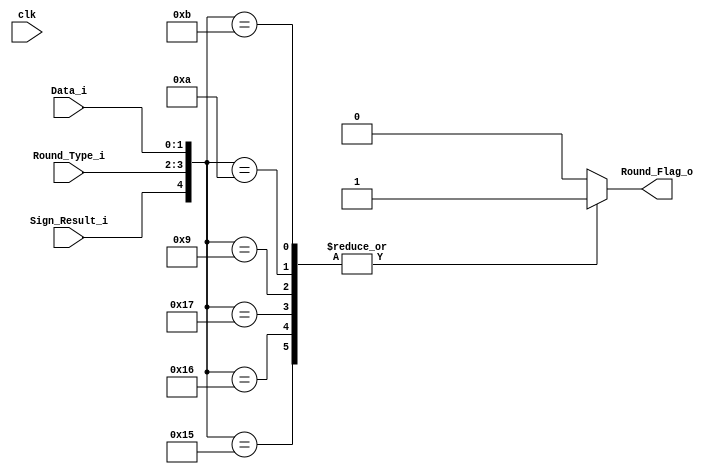
module Round_Sgf_Dec(
    input wire clk,
    input wire [1:0] Data_i,
    input wire [1:0] Round_Type_i,
    input wire Sign_Result_i,
    output reg Round_Flag_o
    );
    
    always @*
    	case ({Sign_Result_i,Round_Type_i,Data_i})
    	//Round type=00; Towards zero / No round
    	//Round type=01; Towards - infinity
    	//Round type=10; Towards + infinity


    	//Op=0;Round type=00

    	/*5'b00000: Round_Flag_o <=0;  
    	5'b00001: Round_Flag_o <=0;  
    	5'b00010: Round_Flag_o <=0;  
    	5'b00011: Round_Flag_o <=0;*/

		//Op=1;Round type=00

    	/*5'b10000: Round_Flag_o <=0;  
    	5'b10001: Round_Flag_o <=0;  
    	5'b10010: Round_Flag_o <=0;  
    	5'b10011: Round_Flag_o <=0;  */

    	//Op=0;Round type=01

    	/*5'b00100: Round_Flag_o <=0;  
    	5'b00101: Round_Flag_o <=0;  
    	5'b00110: Round_Flag_o <=0;  
    	5'b00111: Round_Flag_o <=0;  */

    	//Op=1;Round type=01

    	//5'b10100: Round_Flag_o <=0;  
    	5'b10101: Round_Flag_o <=1;  
    	5'b10110: Round_Flag_o <=1;  
    	5'b10111: Round_Flag_o <=1;  

    	//Op=0;Round type=10

    	//5'b01000: Round_Flag_o <=0;  
    	5'b01001: Round_Flag_o <=1;  
    	5'b01010: Round_Flag_o <=1;  
    	5'b01011: Round_Flag_o <=1;  


    	//Op=1;Round type=10

    	/*5'b11000: Round_Flag_o <=0;  
    	5'b11001: Round_Flag_o <=0;  
    	5'b11010: Round_Flag_o <=0;  
    	5'b11011: Round_Flag_o <=0;  */

    	default: Round_Flag_o <=0;

    	endcase

endmodule